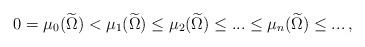
LaTeX: \begin{align*}0=\mu_0(\widetilde{\Omega})<\mu_{1}(\widetilde{\Omega})\leq\mu_{2}(\widetilde{\Omega})\leq...\leq\mu_{n}(\widetilde{\Omega})\leq...\,,\end{align*}